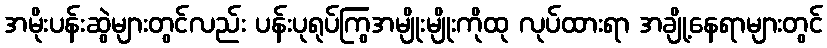
အမိုးပန်းဆွဲများတွင်လည်း ပန်းပုရုပ်ကြွအမျိုးမျိုးကိုထု လုပ်ထားရာ အချို့နေရာများတွင်